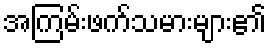
အကြမ်းဖက်သမားများ၏